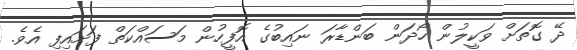
ދޭ ގޮތަށް ވަކީލުން ހޯދަން ބަންޑާރަ ނައިބުގެ އޮފީހުން މަސައްކަތް ފަށައިފި އެވެ.